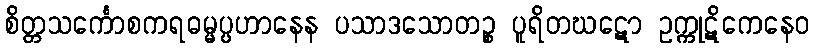
စိတ္တသင်္ကောစကရဓမ္မပ္ပဟာနေန ပသာဒသောတဉ္စ ပူရိတဃဋော ဥက္ကုဋိကေနေဝ